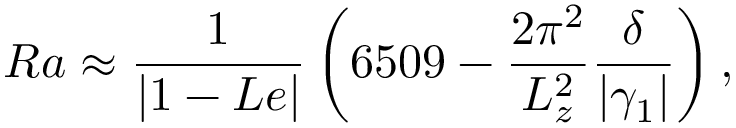
R a \approx \frac { 1 } { | 1 - L e | } \left( 6 5 0 9 - \frac { 2 \pi ^ { 2 } } { L _ { z } ^ { 2 } } \frac { \delta } { | \gamma _ { 1 } | } \right) ,